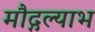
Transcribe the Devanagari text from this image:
मौद्गल्याभ